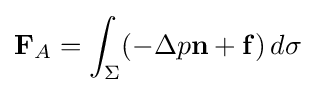
\mathbf {F} _{A}=\int _{\Sigma }(-\Delta p\mathbf {n} +\mathbf {f} )\,d\sigma